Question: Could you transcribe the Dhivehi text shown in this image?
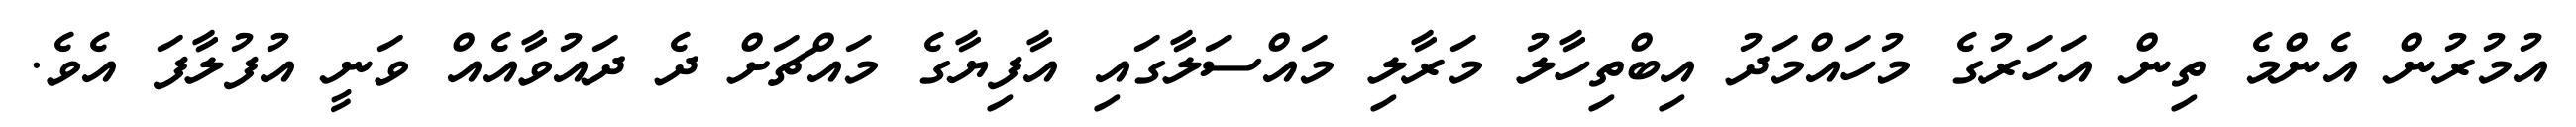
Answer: އުމުރުން އެންމެ ތިން އަހަރުގެ މުހައްމަދު އިބްތިހާލު މަރާލި މައްސަލާގައި އާފިޔާގެ މައްޗަށް ދެ ދައުވާއެއް ވަނީ އުފުލާފަ އެވެ.